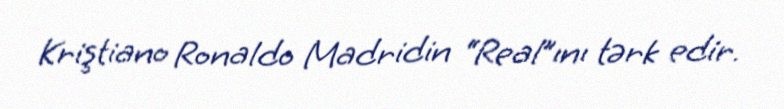
Kriştiano Ronaldo Madridin “Real”ını tərk edir.